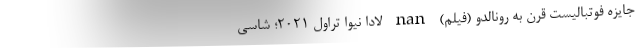
جایزه فوتبالیست قرن به رونالدو (فیلم) nan لادا نیوا تراول 2021؛ شاسی